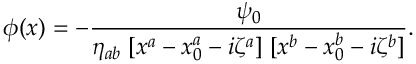
\phi ( x ) = - { \frac { \psi _ { 0 } } { \eta _ { a b } \; [ x ^ { a } - x _ { 0 } ^ { a } - i \zeta ^ { a } ] \; [ x ^ { b } - x _ { 0 } ^ { b } - i \zeta ^ { b } ] } } .